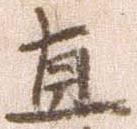
直